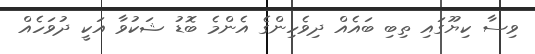
ވިސާ ކިޔޫގައި ތިބި ބައެއް ދިވެހިންގެ އެންމެ ބޮޑު ޝަކުވާ އަކީ ދުވަހެއް